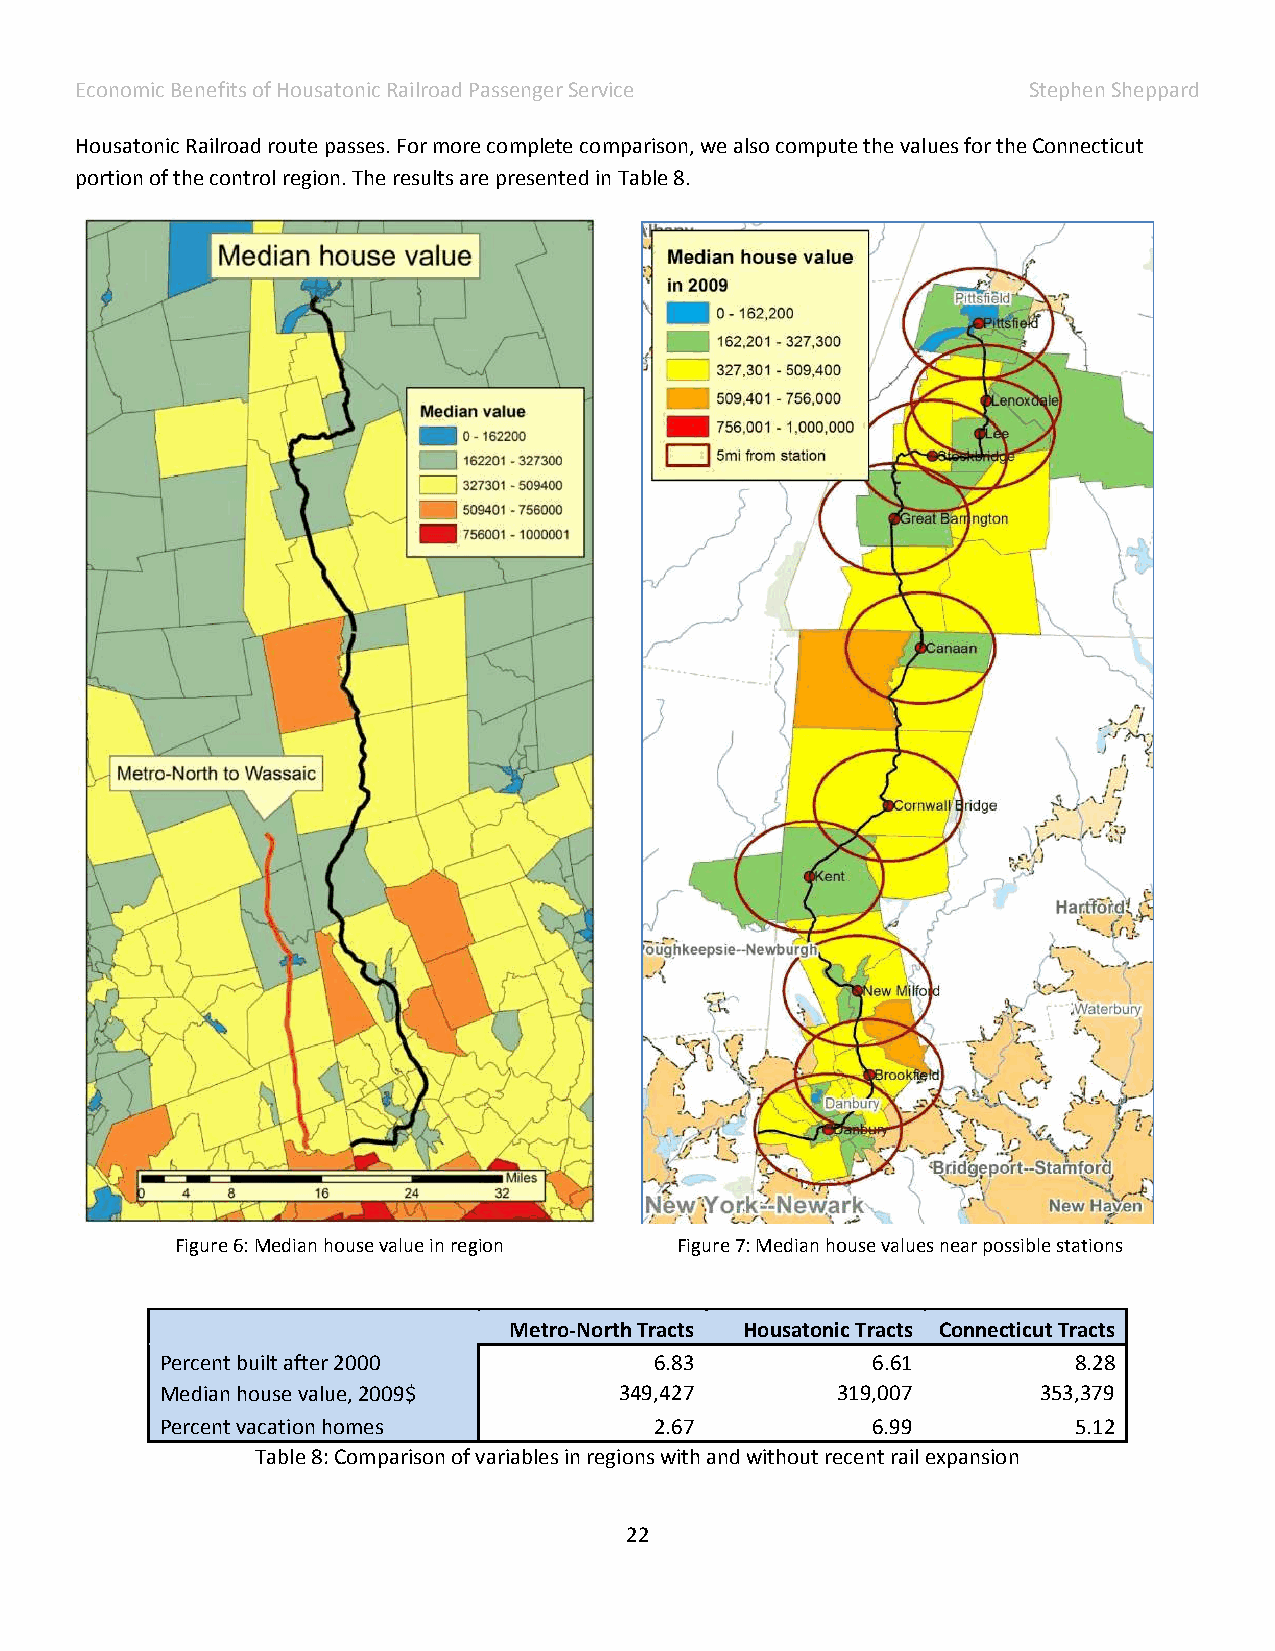
Economic Benefits of Housatonic Railroad Passenger Service     Stephen Sheppard
 Housatonic Railroad route passes. For more complete comparison, we also compute the values for the Connecticut
 portion of the control region. The results are presented in Table 8.
 Figure 6: Median house value in region Figure 7: Median house values near possible stations
 Metro-North Tracts Housatonic Tracts Connecticut Tracts
 Percent built after 2000        6.83           6.61         8.28
 Median house value, 2009$     349,427       319,007       353,379
 Percent vacation homes          2.67           6.99         5.12
 Table 8: Comparison of variables in regions with and without recent rail expansion
 22